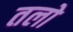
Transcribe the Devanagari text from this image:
तलो